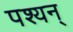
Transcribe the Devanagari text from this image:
पश्यन्‌